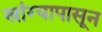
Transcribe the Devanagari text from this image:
खांग्यापासून